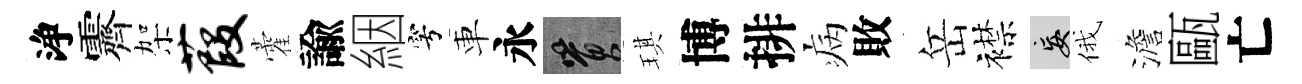
浄霽架葭藿諭絪穹車永篔琪博排病敗岳襟妄俄澹甌亡